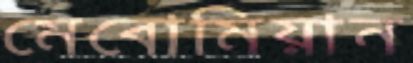
মেবোমিয়ান